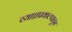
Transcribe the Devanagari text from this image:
व्याघ्रप्रकल्पातून